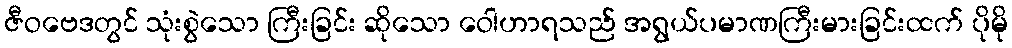
ဇီဝဗေဒတွင် သုံးစွဲသော ကြီးခြင်း ဆိုသော ဝေါဟာရသည် အရွယ်ပမာဏကြီးမားခြင်းထက် ပိုမို